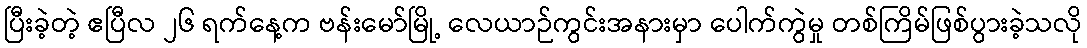
ပြီးခဲ့တဲ့ ဧပြီလ ၂၆ ရက်နေ့က ဗန်းမော်မြို့ လေယာဉ်ကွင်းအနားမှာ ပေါက်ကွဲမှု တစ်ကြိမ်ဖြစ်ပွားခဲ့သလို